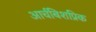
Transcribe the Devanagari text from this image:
आर्चबिशप्रिक